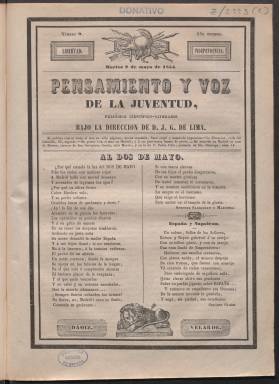
Título: Pensamiento y Voz de la juventud
Colección: Revistas de información general
Ámbito geográfico: Madrid
Lugar de publicación: Madrid
Fechas: 02/05/1854-16/07/1854